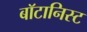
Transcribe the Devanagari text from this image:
बाॅटानिस्ट